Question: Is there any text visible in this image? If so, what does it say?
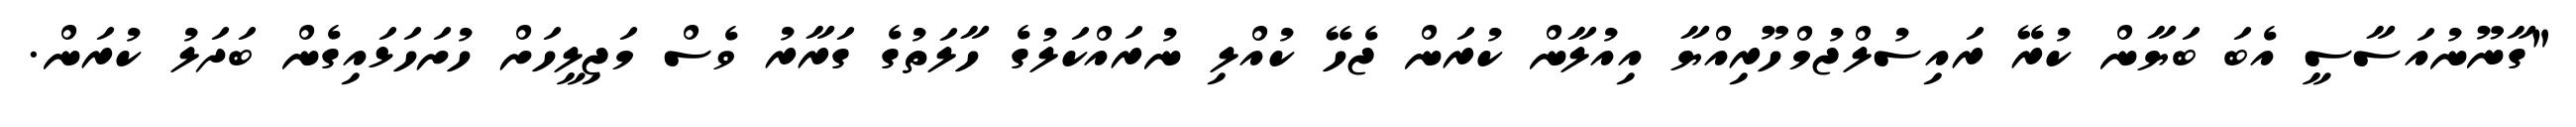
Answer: "ގާނޫނުއަސާސީ އެބަ ބަޔާން ކުރޭ ރައިސުލްޖުމްހޫރިއްޔާ އިއުލާން ކުރަން ޖެހޭ ކުއްލި ނުރައްކަލުގެ ހާލަތުގެ ގަރާރު ވެސް މަޖިލީހަށް ހުށަހަޅައިގެން ބަދަލު ކުރަން.